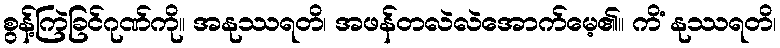
စွန့်ကြဲခြင်ဂုဏ်ကို။ အနုဿရတိ၊ အဖန်တလဲလဲအောက်မေ့၏။ ကိံ နုဿရတိ၊